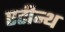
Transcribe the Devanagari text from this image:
एटीन्थ